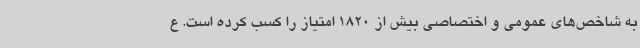
به شاخص‌های عمومی و اختصاصی بیش از 1820 امتیاز را کسب کرده است. ع